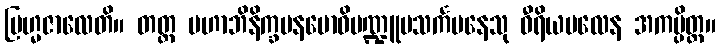
ဗြဟ္မဇာလေတိ။ တတ္ထ မဟာဘိနိက္ခမနဗောဓိမဏ္ဍူပသင်္ကမနေသု ဝီရိယဗလေန အကမ္ပိတ္ထ။